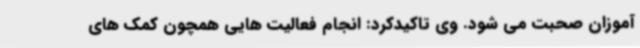
آموزان صحبت می شود. وی تاکیدکرد: انجام فعالیت هایی همچون کمک های